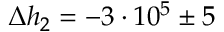
\Delta h _ { 2 } = - 3 \cdot 1 0 ^ { 5 } \pm 5 \